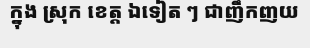
ក្នុង ស្រុក ខេត្ត ឯទៀត ៗ ជាញឹកញយ